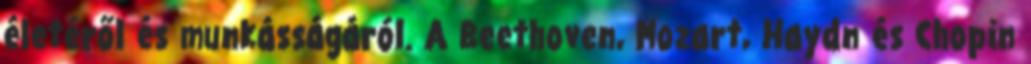
életéről és munkásságáról. A Beethoven, Mozart, Haydn és Chopin